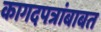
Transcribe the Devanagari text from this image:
कागदपत्रांबाबत